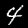
Label: 4